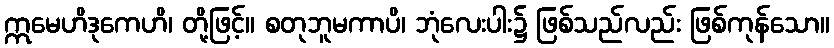
ဣမေဟိဒုကေဟိ၊ တို့ဖြင့်။ စတုဘူမကာပိ၊ ဘုံလေးပါး၌ ဖြစ်သည်လည်း ဖြစ်ကုန်သော။